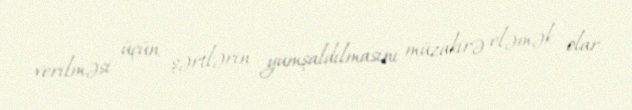
verilməsi üçün şərtlərin yumşaldılmasını müzakirə eləmək olar.